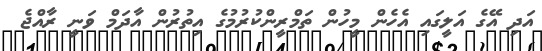
އަދި އޭގެ އަލީގައި އެހެން މީހުން ތަމްރީންކުރުމުގެ އިތުރުން އާދަމް ވަނީ ރާއްޖެ